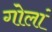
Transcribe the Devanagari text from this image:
गोलां